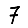
Digit: 7